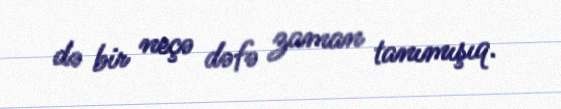
də bir neçə dəfə zaman tanımışıq.